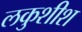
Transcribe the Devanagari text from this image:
लकुशीश